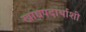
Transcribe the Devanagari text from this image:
खाद्यपदार्थाशी